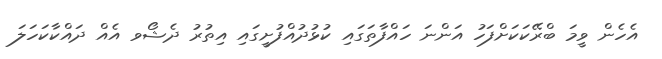
އެހެން ވީމަ ބްރޭކަކަށްފަހު އަންނަ ހައްފާތަގައި ކުޅުދުއްފުށީގައި އިތުރު ދެޝޯވ އެއް ދައްކާކަހަލަ